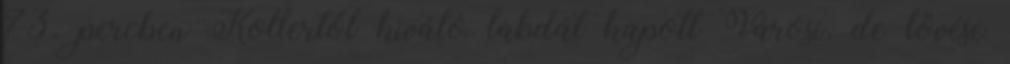
73. percben Kollertől kiváló labdát kapott Városi, de lövése